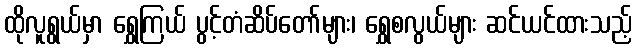
ထိုလူရွယ်မှာ ရွှေကြယ် ပွင့်တံဆိပ်တော်များ၊ ရွှေစလွယ်များ ဆင်ယင်ထားသည့်